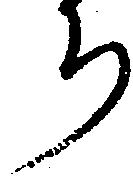
ち